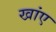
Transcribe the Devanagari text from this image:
खांए